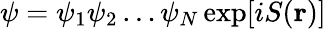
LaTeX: \begin{array}{r}{\psi=\psi_{1}\psi_{2}\ldots{}\psi_{N}\exp[iS(\mathbf{r})]}\end{array}